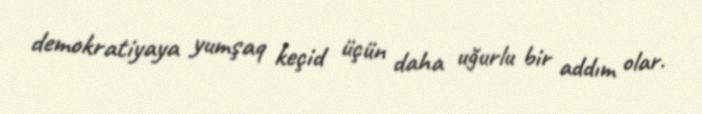
demokratiyaya yumşaq keçid üçün daha uğurlu bir addım olar.